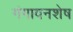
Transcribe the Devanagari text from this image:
गंगावनशेष